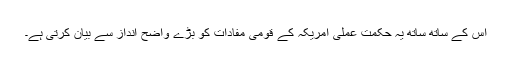
اس کے ساتھ ساتھ یہ حکمت عملی امریکہ کے قومی مفادات کو بڑے واضح انداز سے بیان کرتی ہے۔